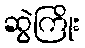
ဆွဲကြိုး